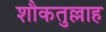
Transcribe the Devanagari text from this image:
शौकतुल्लाह